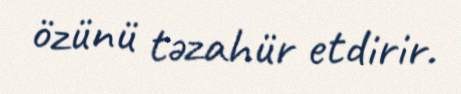
özünü təzahür etdirir.